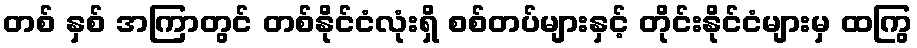
တစ် နှစ် အကြာတွင် တစ်နိုင်ငံလုံးရှိ စစ်တပ်များနှင့် တိုင်းနိုင်ငံများမှ ထကြွ